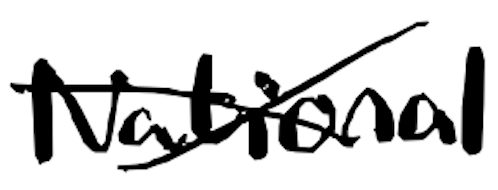
Text: National
Cross-out: cross
Writing tool: digital_black